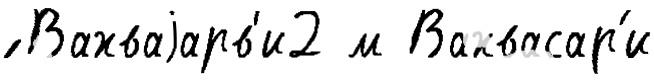
́ Вахваjарв'и2 м Вахвасар'и